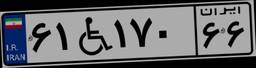
۶۱W۱۷۰۶۶